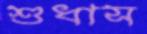
শুধাস